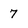
Character: 7